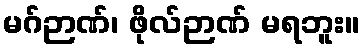
မဂ်ဉာဏ်၊ ဖိုလ်ဉာဏ် မရဘူး။